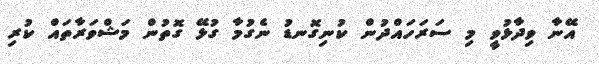
އޭނާ ވިދާޅުވީ މި ސަރަހައްދުން ކުނިގޮނޑު ނެގުމާ ގުޅޭ ގޮތުން މަޝްވަރާތައް ކުރި